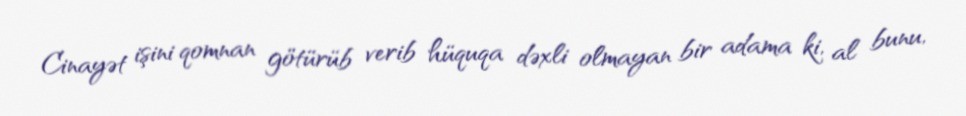
Cinayət işini qomnan götürüb verib hüquqa dəxli olmayan bir adama ki, al bunu,